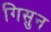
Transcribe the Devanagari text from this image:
गिसुन